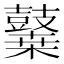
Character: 𪔬